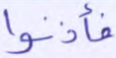
فأذنوا